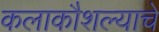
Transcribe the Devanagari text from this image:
कलाकौशल्याचे